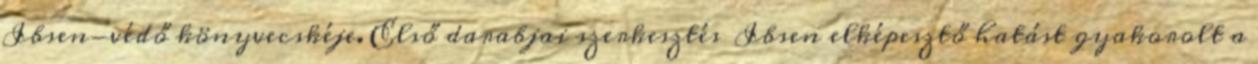
Ibsen-védő könyvecskéje. Első darabjai szerkesztés Ibsen elképesztő hatást gyakorolt a